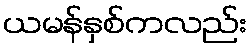
ယမန်နှစ်ကလည်း